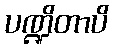
ပဏ္ဍိတာပိ